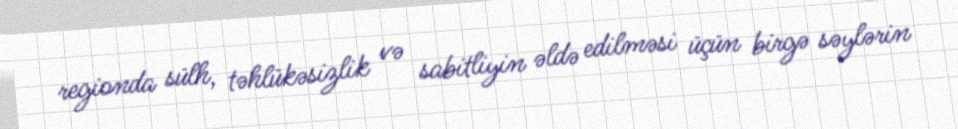
regionda sülh, təhlükəsizlik və sabitliyin əldə edilməsi üçün birgə səylərin